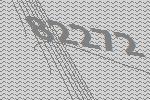
82272